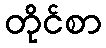
တိုင်စာ